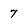
Character: 7